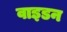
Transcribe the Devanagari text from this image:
वाइडन